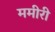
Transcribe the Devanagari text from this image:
ममीरी